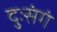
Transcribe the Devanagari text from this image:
दुःसंगं